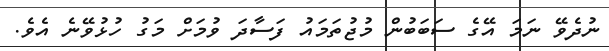
ނުދެވޭ ނަމަ އޭގެ ސަބަބުން މުޖުތަމައު ފަސާދަ ވުމަށް މަގު ހުޅުވޭނެ އެވެ.